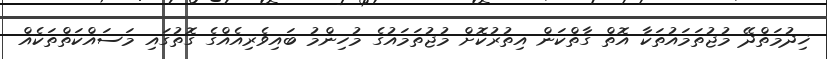
ޚިދުމަތްދޭ މުޖުތަމައުތަކާ އޮތް ގާތްކަން އިތުރުކޮށް މުޖުތަމައުގެ މުހިންމު ބައިވެރިއެއްގެ ގޮތުގައި މަސައްކަތްތަކެއް